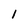
Character: 1